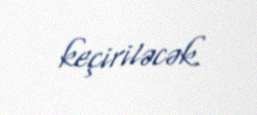
keçiriləcək.